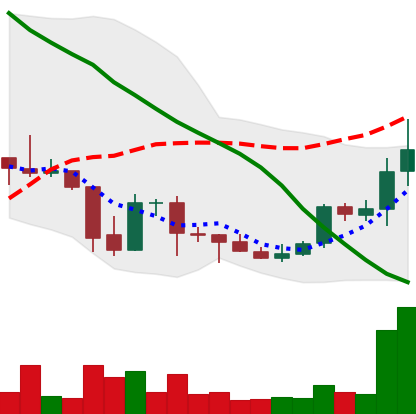
Ticker: DOGE-USD
Chart end date: 2021-10-05
Forward return: -8.813%
Label: down_7plus